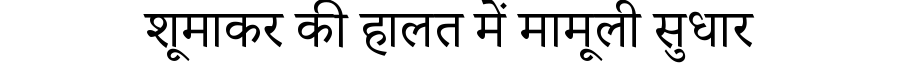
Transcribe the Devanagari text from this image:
शूमाकर की हालत में मामूली सुधार